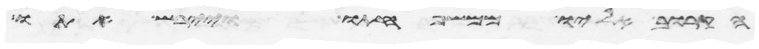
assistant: הקרוב אליו ממשפחתו ויירש אתו